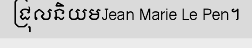
ជ្រុលនិយមJean Marie Le Pen។